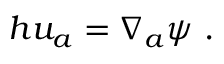
h u _ { a } = \nabla _ { a } \psi ~ .